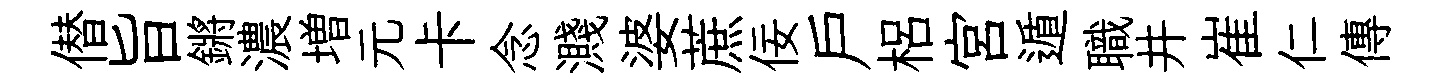
僣旨鏘濃増元卡念濺婆蔗佞戶梠宮遁職井崔仁傳